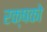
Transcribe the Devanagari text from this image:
रक्षको